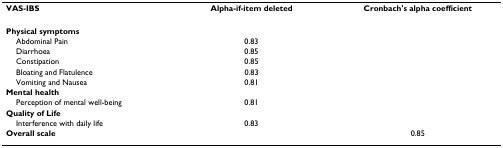
<table><thead><tr><td><b>VAS-IBS</b></td><td><b>Alpha-if-item deleted</b></td><td><b>Cronbach&#x27;s alpha coefficient</b></td></tr></thead><tbody><tr><td><b>Physical symptoms</b></td><td></td><td></td></tr><tr><td> Abdominal Pain</td><td>0.83</td><td></td></tr><tr><td> Diarrhoea</td><td>0.85</td><td></td></tr><tr><td> Constipation</td><td>0.85</td><td></td></tr><tr><td> Bloating and Flatulence</td><td>0.83</td><td></td></tr><tr><td> Vomiting and Nausea</td><td>0.81</td><td></td></tr><tr><td><b>Mental health</b></td><td></td><td></td></tr><tr><td> Perception of mental well-being</td><td>0.81</td><td></td></tr><tr><td><b>Quality of Life</b></td><td></td><td></td></tr><tr><td> Interference with daily life</td><td>0.83</td><td></td></tr><tr><td><b>Overall scale</b></td><td></td><td>0.85</td></tr></tbody></table>